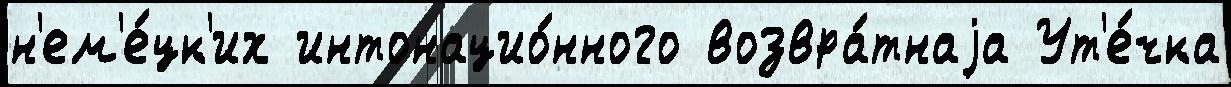
н'ем'е́цк'их интонацио́нного возвра́тнаjа Ут'е́чка